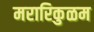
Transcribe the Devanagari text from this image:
मरारिकुळम